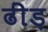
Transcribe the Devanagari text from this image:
ढींड़